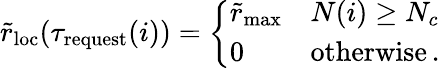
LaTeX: \tilde{r}_{\mathrm{loc}}(\tau_{\mathrm{request}}(i))=\left\{ \begin{array}{ll}{\tilde{r}_{\mathrm{max}}}&{N(i)\ge N_{c}}\\ {0}&{\textnormal{otherwise}\, .}\end{array}\right.